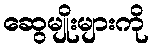
ဆွေမျိုးများကို